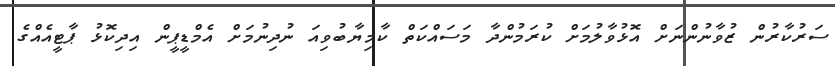
ސަރުކާރުން ޒުވާނުންނަށް އޮޅުވާލުމަށް ކުރަމުންދާ މަސައްކަތް ކާމިޔާބުވިއަ ނުދިނުމަށް އެމްޑީޕީން އިދިކޮޅު ޕާޓީއެއްގެ